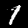
Label: 1